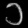
Digit: ၁